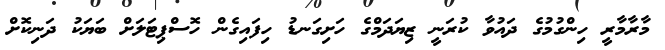
މާރާމާރީ ހިންގުމުގެ ދައުވާ ކުރަނީ ޒިޔަދަމްގެ ހަށިގަނޑު ހިފައިގެން ހޮސްޕިޓަލަށް ބަޔަކު ދަނިކޮށް